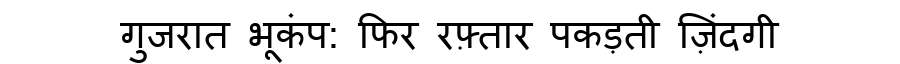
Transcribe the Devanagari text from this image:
गुजरात भूकंप: फिर रफ़्तार पकड़ती ज़िंदगी